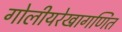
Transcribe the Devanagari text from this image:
गोलीयरेखागणित